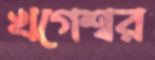
খগেশ্বর